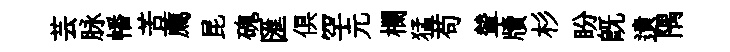
芸脉幡苦薦昆磈匯俱罕元欄猛苟輦牘杉盼旣遺隅